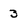
Character: 3